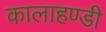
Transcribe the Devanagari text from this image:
कालाहण्डी